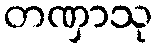
တဏှာသု